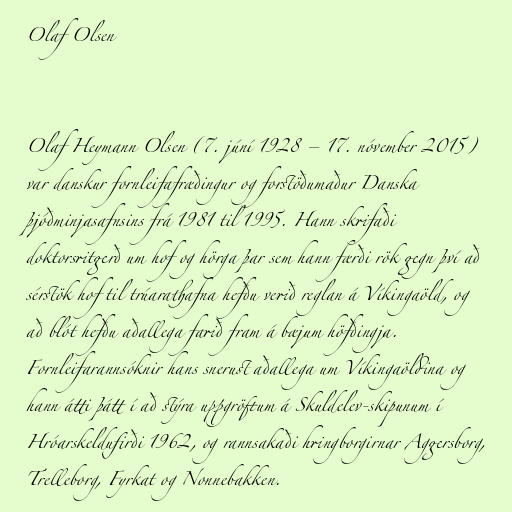
Olaf Olsen

Olaf Heymann Olsen (7. júní 1928 – 17. nóvember 2015)
var danskur fornleifafræðingur og forstöðumaður Danska
þjóðminjasafnsins frá 1981 til 1995. Hann skrifaði
doktorsritgerð um hof og hörga þar sem hann færði rök gegn því að
sérstök hof til trúarathafna hefðu verið reglan á Víkingaöld, og
að blót hefðu aðallega farið fram á bæjum höfðingja.
Fornleifarannsóknir hans snerust aðallega um Víkingaöldina og
hann átti þátt í að stýra uppgröftum á Skuldelev-skipunum í
Hróarskeldufirði 1962, og rannsakaði hringborgirnar Aggersborg,
Trelleborg, Fyrkat og Nonnebakken.